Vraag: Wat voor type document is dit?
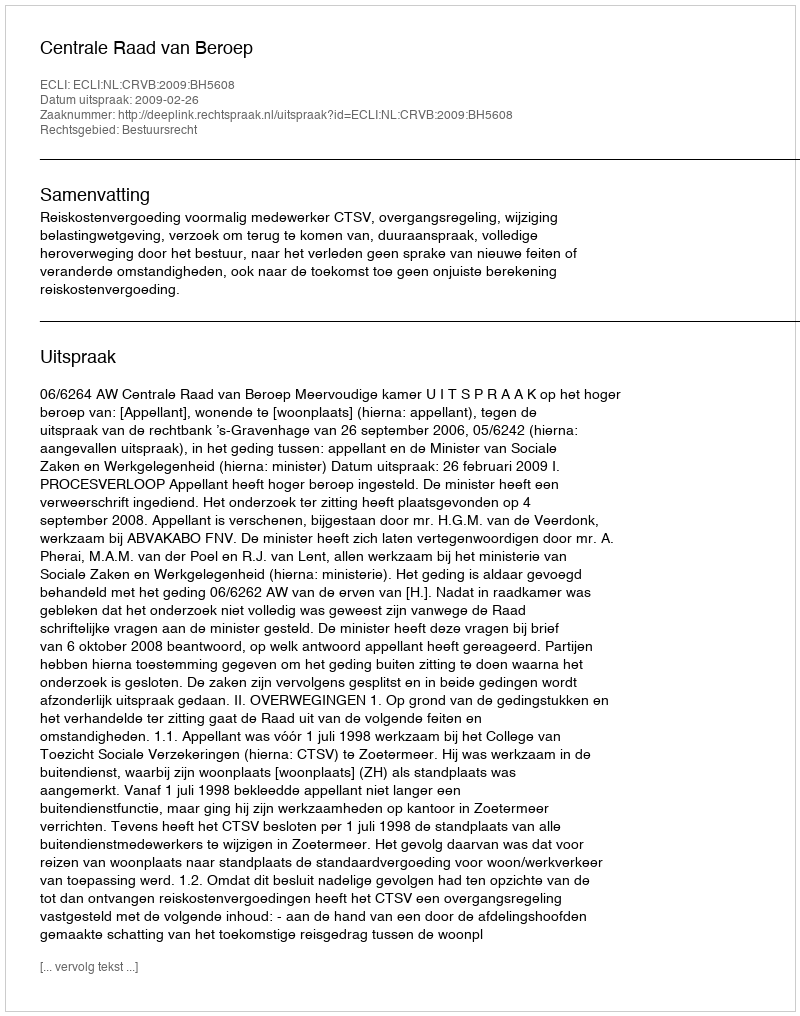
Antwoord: Uitspraak